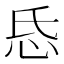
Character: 𢗪